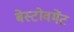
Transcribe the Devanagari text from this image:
बेस्टोवमेंट